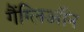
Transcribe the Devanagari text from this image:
गैंग्लिऑन